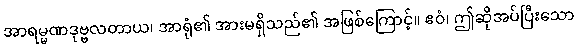
အာရမ္မဏဒုဗ္ဗလတာယ၊ အာရုံ၏ အားမရှိသည်၏ အဖြစ်ကြောင့်။ ဧဝံ၊ ဤဆိုအပ်ပြီးသော